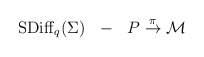
\begin{align*}{\rm SDiff}_q (\Sigma) \ \ - \ \ P \buildrel \rm \pi \over {\rightarrow} {\cal M}\end{align*}